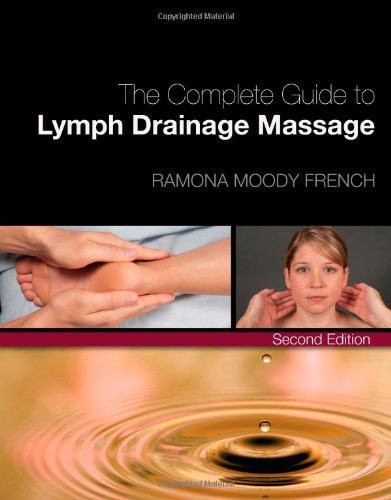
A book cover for The Complete Guide to Lymph Drainage Massage; Ramona Moody French; Health, Fitness & Dieting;